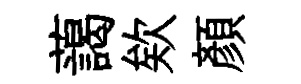
藹欸顔